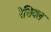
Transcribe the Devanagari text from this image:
रेसियल